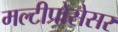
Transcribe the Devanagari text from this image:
मल्टीप्रोसेसर